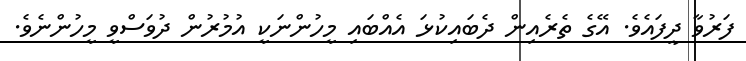
ފަރުވާ ދީފައެވެ. އޭގެ ތެރެއިން ދެބައިކުޅަ އެއްބައި މީހުންނަކީ އުމުރުން ދުވަސްވީ މީހުންނެވެ.